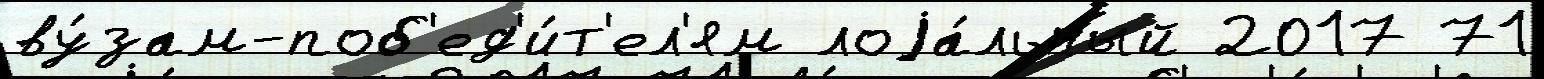
ву́зам-поб'ед'и́т'ел'ям лоjа́льный 2017 71